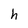
Character: h